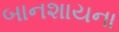
બાનશાયના